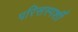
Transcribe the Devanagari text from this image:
परिसस्पर्शी